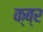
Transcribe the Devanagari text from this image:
क्ब्र